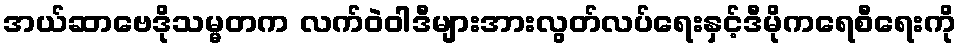
အယ်ဆာဗေဒိုသမ္မတက လက်ဝဲဝါဒီများအားလွတ်လပ်ရေးနှင့်ဒီမိုကရေစီရေးကို